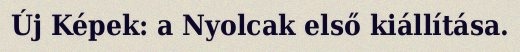
Új Képek: a Nyolcak első kiállítása.